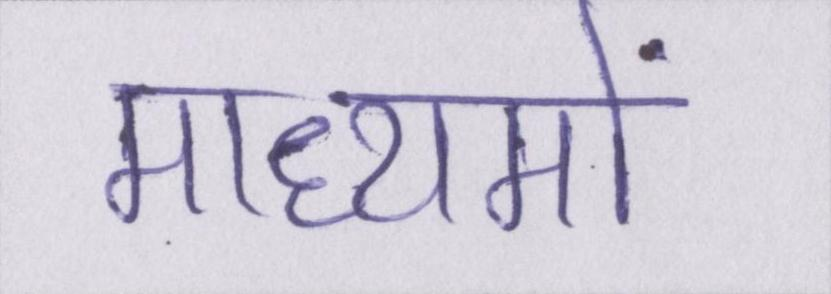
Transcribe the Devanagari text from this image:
माध्यमों